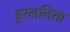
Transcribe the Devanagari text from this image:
हुरलनिसा